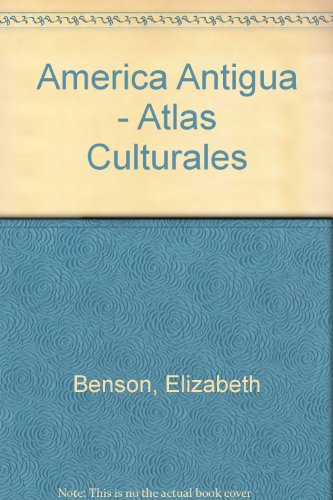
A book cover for America Antigua - Atlas Culturales (Spanish Edition); Elizabeth Benson; Travel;